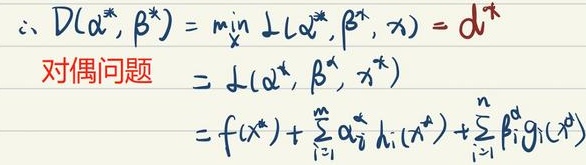
\(\thereforeD(\alpha^{*},\beta^{*})=\min_{\chi}L(\alpha^{*},\beta^{*},\chi)=d^{*}\)\\
对偶问题\(=L(\alpha^{*},\beta^{*},\chi^{*})\)\\
\(=f(\chi^{*})+\sum_{i=1}^{m}\alpha_{i}^{*}h_{i}(\chi^{*})+\sum_{i=1}^{n}\beta_{i}^{*}g_{i}(\chi^{*})\)